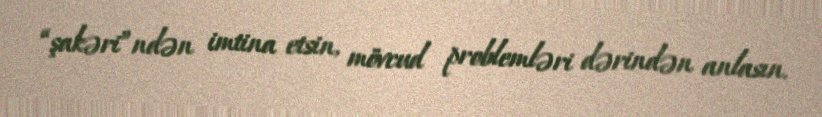
“şakəri”ndən imtina etsin, mövcud problemləri dərindən anlasın.